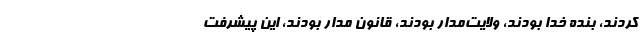
کردند، بنده خدا بودند، ولایت‌مدار بودند، قانون مدار بودند، این پیشرفت